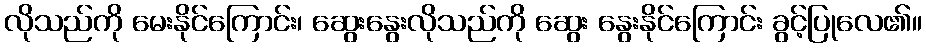
လိုသည်ကို မေးနိုင်ကြောင်း၊ ဆွေးနွေးလိုသည်ကို ဆွေး နွေးနိုင်ကြောင်း ခွင့်ပြုလေ၏။